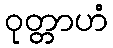
ဝုတ္တာဟံ